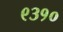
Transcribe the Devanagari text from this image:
९३१०